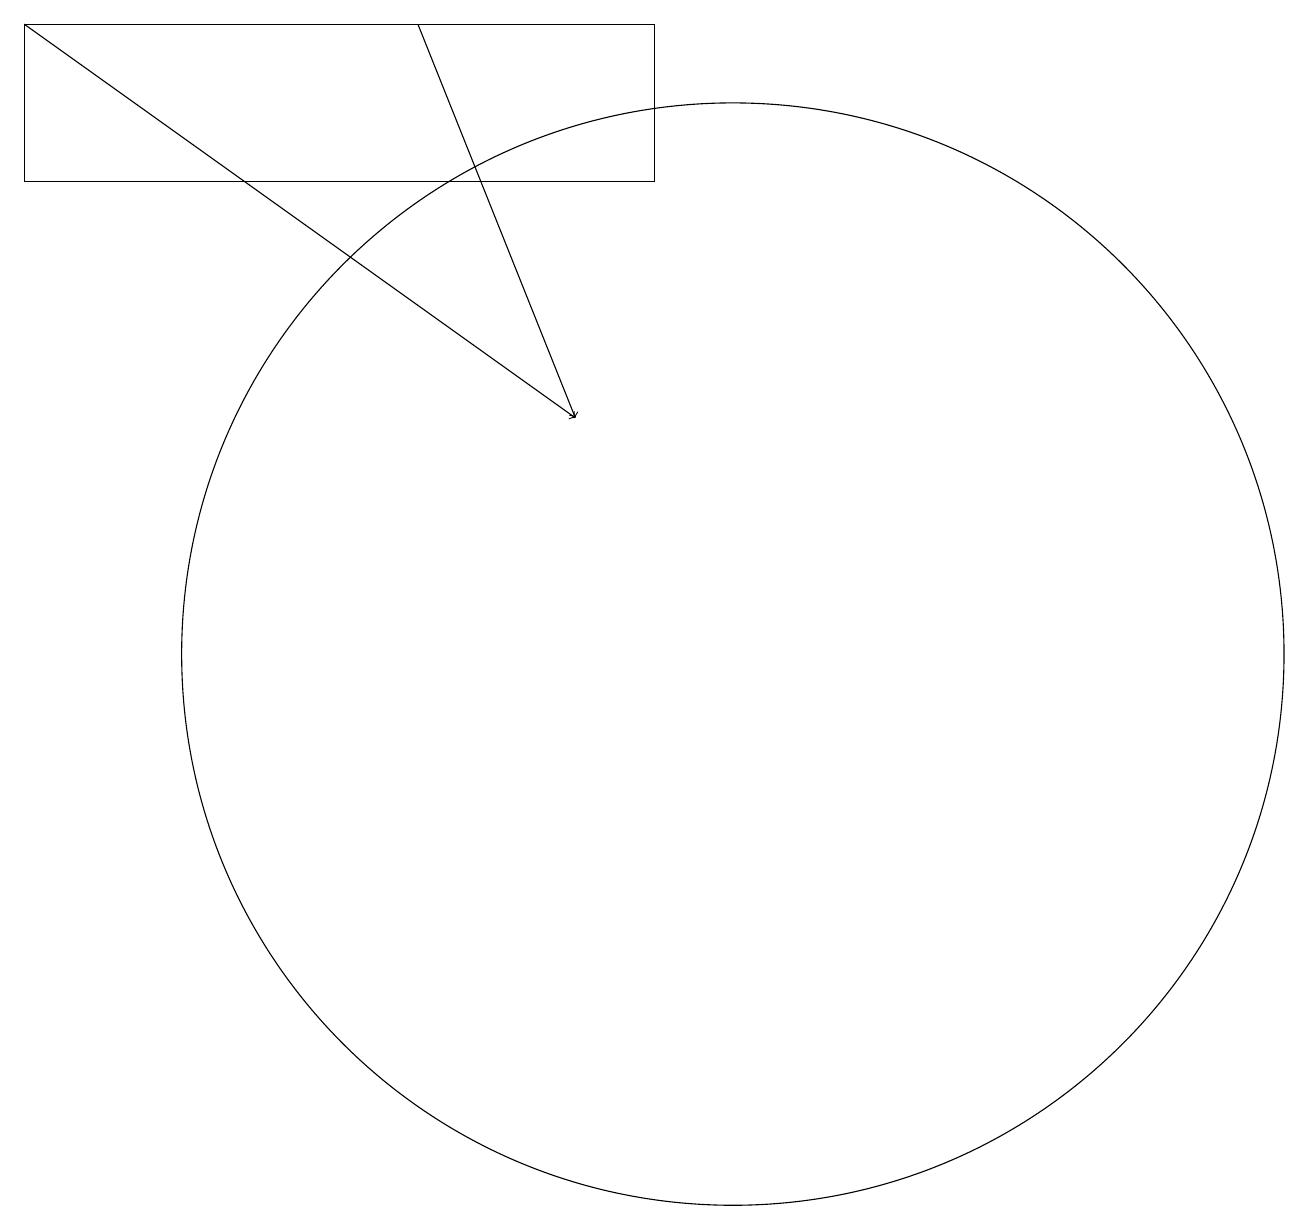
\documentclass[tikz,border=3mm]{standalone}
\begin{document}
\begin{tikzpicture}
\draw (9,17) rectangle (1,19);
\draw[->] (1,19) -- (8,14);
\draw[->] (6,19) -- (8,14);
\draw (10,11) circle (7);
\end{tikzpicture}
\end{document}